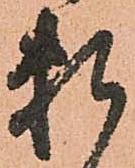
頼